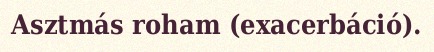
Asztmás roham (exacerbáció).